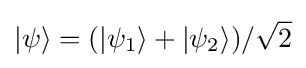
|\psi \rangle =(|\psi _{1}\rangle +|\psi _{2}\rangle )/{\sqrt {2}}